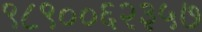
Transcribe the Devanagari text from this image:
९८९००६२३५७